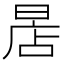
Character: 𣈔